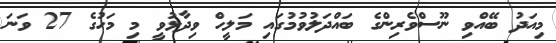
މިއަދު ބޭއްވި ނޫސްވެރިންގެ ބައްދަލުވުމުގައި މަލީހް ވިދާޅުވީ މި މަހުގެ 27 ވަނަ